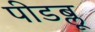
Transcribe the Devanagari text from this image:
पीडब्लू